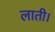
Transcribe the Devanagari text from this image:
लाती।